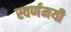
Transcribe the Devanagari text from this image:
स्‍वर्णमयी